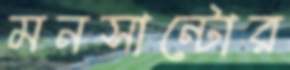
মনসান্টোর